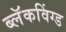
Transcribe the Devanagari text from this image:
ब्लॅकविंग्ड